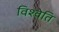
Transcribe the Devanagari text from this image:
विश्वेति